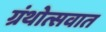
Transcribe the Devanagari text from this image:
ग्रंथोत्सवात